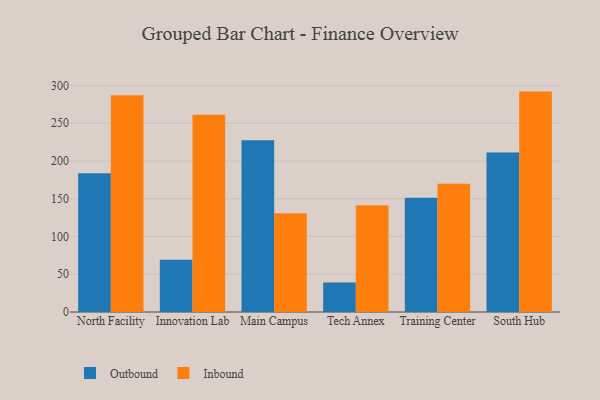
{"axis": {"x": "Campus", "y": "Bounce Rate (%)"}, "legend": ["Inbound", "Outbound"], "data": [{"x": "North Facility", "y": 183.6, "type": "Outbound"}, {"x": "North Facility", "y": 287.0, "type": "Inbound"}, {"x": "Innovation Lab", "y": 69.3, "type": "Outbound"}, {"x": "Innovation Lab", "y": 261.4, "type": "Inbound"}, {"x": "Main Campus", "y": 227.5, "type": "Outbound"}, {"x": "Main Campus", "y": 130.9, "type": "Inbound"}, {"x": "Tech Annex", "y": 39.0, "type": "Outbound"}, {"x": "Tech Annex", "y": 141.3, "type": "Inbound"}, {"x": "Training Center", "y": 151.4, "type": "Outbound"}, {"x": "Training Center", "y": 169.9, "type": "Inbound"}, {"x": "South Hub", "y": 211.3, "type": "Outbound"}, {"x": "South Hub", "y": 291.9, "type": "Inbound"}]}